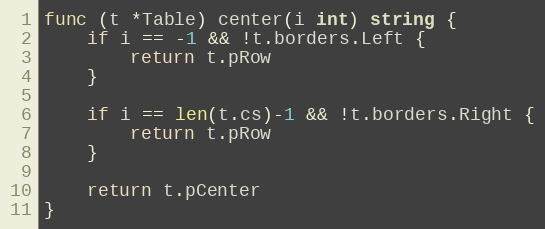
Language: Go
func (t *Table) center(i int) string {
	if i == -1 && !t.borders.Left {
		return t.pRow
	}

	if i == len(t.cs)-1 && !t.borders.Right {
		return t.pRow
	}

	return t.pCenter
}